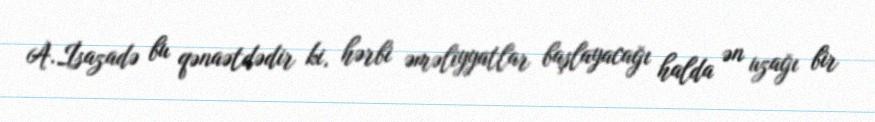
A.İsazadə bu qənaətdədir ki, hərbi əməliyyatlar başlayacağı halda ən uzağı bir